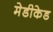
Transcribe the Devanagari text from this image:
मेडीकेड